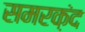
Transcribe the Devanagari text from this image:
समरक़ंद